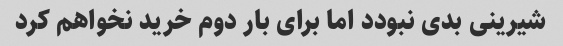
شیرینی بدی نبودد اما برای بار دوم خرید نخواهم کرد